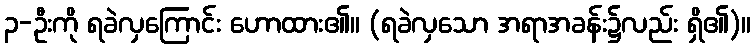
၃-ဦးကို ရခဲလှကြောင်း ဟောထား၏။ (ရခဲလှသော အရာအခန်း၌လည်း ရှိ၏)။